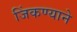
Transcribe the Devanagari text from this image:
जिंकण्याने